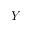
Y